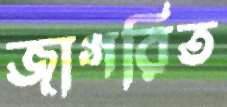
জাগরিত